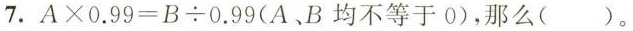
7.$$A\times0.99=B \div0.99$$(A、B均不等于0),那么（）。